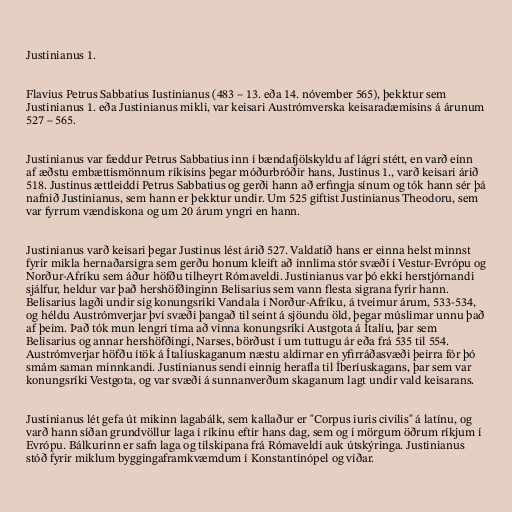
Justinianus 1.

Flavius Petrus Sabbatius Iustinianus (483 – 13. eða 14. nóvember 565), þekktur sem
Justinianus 1. eða Justinianus mikli, var keisari Austrómverska keisaradæmisins á árunum
527 – 565.

Justinianus var fæddur Petrus Sabbatius inn í bændafjölskyldu af lágri stétt, en varð einn
af æðstu embættismönnum ríkisins þegar móðurbróðir hans, Justinus 1., varð keisari árið
518. Justinus ættleiddi Petrus Sabbatius og gerði hann að erfingja sínum og tók hann sér þá
nafnið Justinianus, sem hann er þekktur undir. Um 525 giftist Justinianus Theodoru, sem
var fyrrum vændiskona og um 20 árum yngri en hann.

Justinianus varð keisari þegar Justinus lést árið 527. Valdatíð hans er einna helst minnst
fyrir mikla hernaðarsigra sem gerðu honum kleift að innlima stór svæði í Vestur-Evrópu og
Norður-Afríku sem áður höfðu tilheyrt Rómaveldi. Justinianus var þó ekki herstjórnandi
sjálfur, heldur var það hershöfðinginn Belisarius sem vann flesta sigrana fyrir hann.
Belisarius lagði undir sig konungsríki Vandala í Norður-Afríku, á tveimur árum, 533-534,
og héldu Austrómverjar því svæði þangað til seint á sjöundu öld, þegar múslimar unnu það
af þeim. Það tók mun lengri tíma að vinna konungsríki Austgota á Ítalíu, þar sem
Belisarius og annar hershöfðingi, Narses, börðust í um tuttugu ár eða frá 535 til 554.
Austrómverjar höfðu ítök á Ítalíuskaganum næstu aldirnar en yfirráðasvæði þeirra fór þó
smám saman minnkandi. Justinianus sendi einnig herafla til Íberíuskagans, þar sem var
konungsríki Vestgota, og var svæði á sunnanverðum skaganum lagt undir vald keisarans.

Justinianus lét gefa út mikinn lagabálk, sem kallaður er "Corpus iuris civilis" á latínu, og
varð hann síðan grundvöllur laga í ríkinu eftir hans dag, sem og í mörgum öðrum ríkjum í
Evrópu. Bálkurinn er safn laga og tilskipana frá Rómaveldi auk útskýringa. Justinianus
stóð fyrir miklum byggingaframkvæmdum í Konstantínópel og víðar.